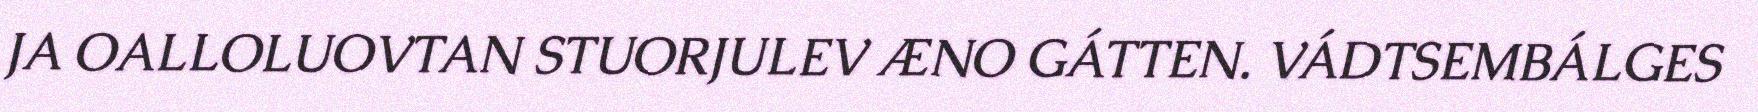
JA OALLOLUOVTAN STUORJULEV ÆNO GÁTTEN. VÁDTSEMBÁLGES